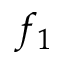
f _ { 1 }